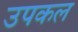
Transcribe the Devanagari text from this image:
उपकल